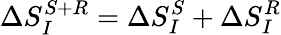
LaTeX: \Delta S_{I}^{S+R}=\Delta S_{I}^{S}+\Delta S_{I}^{R}